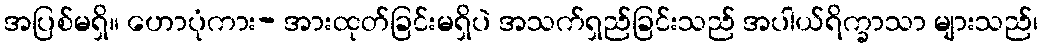
အပြစ်မရှိ။ ဟောပုံကား- အားထုတ်ခြင်းမရှိပဲ အသက်ရှည်ခြင်းသည် အပါယ်ရိက္ခာသာ များသည်၊